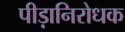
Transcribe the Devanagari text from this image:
पीड़ानिरोधक